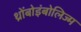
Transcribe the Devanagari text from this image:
थ्रोंबोइंबोलिज्म